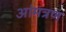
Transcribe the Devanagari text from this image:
आंमत्रण